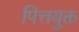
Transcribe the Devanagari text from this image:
पित्तयुक्त